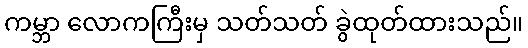
ကမ္ဘာ လောကကြီးမှ သတ်သတ် ခွဲထုတ်ထားသည်။